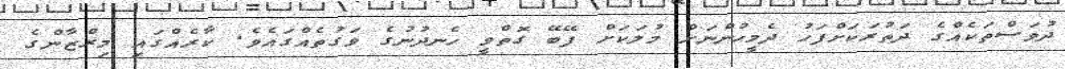
ދުވަސްތަކެއްގެ ދަތުރަކަށްފަހު ދެމީހުންނަށް މުލަކަށް ފޭބޭ ގޮތްވީ ހެނދުނުގެ ވަގުތެއްގައެވެ. ކާރެއްގައި މިރްޒާންގެ